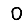
Digit: 0